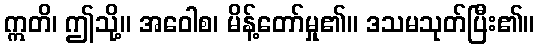
ဣတိ၊ ဤသို့။ အဝေါစ၊ မိန့်တော်မှု၏။ ဒသမသုတ်ပြီး၏။